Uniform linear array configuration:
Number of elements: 64
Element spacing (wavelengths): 0.5
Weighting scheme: uniform
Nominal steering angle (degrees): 0
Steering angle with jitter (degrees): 1.552
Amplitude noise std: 0.05
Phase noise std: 0.05

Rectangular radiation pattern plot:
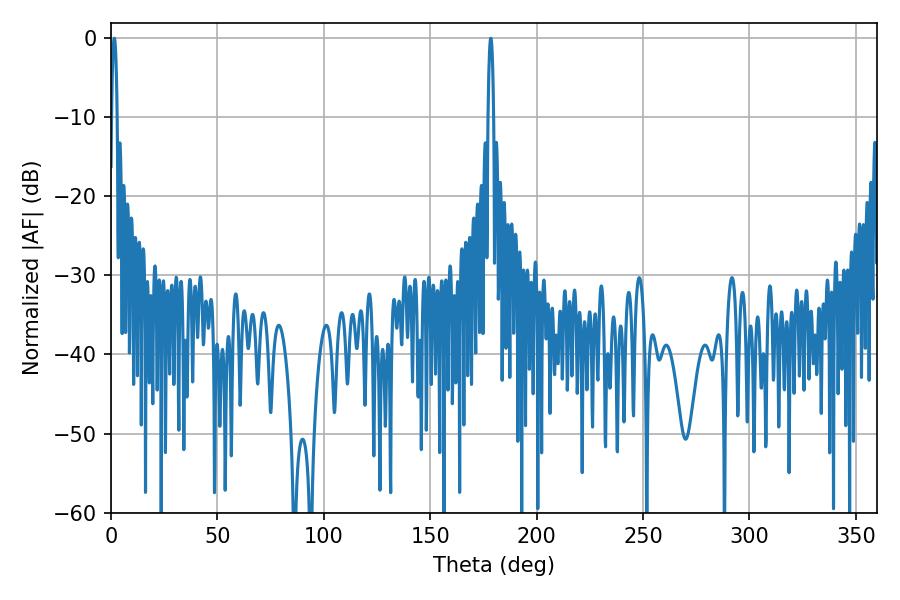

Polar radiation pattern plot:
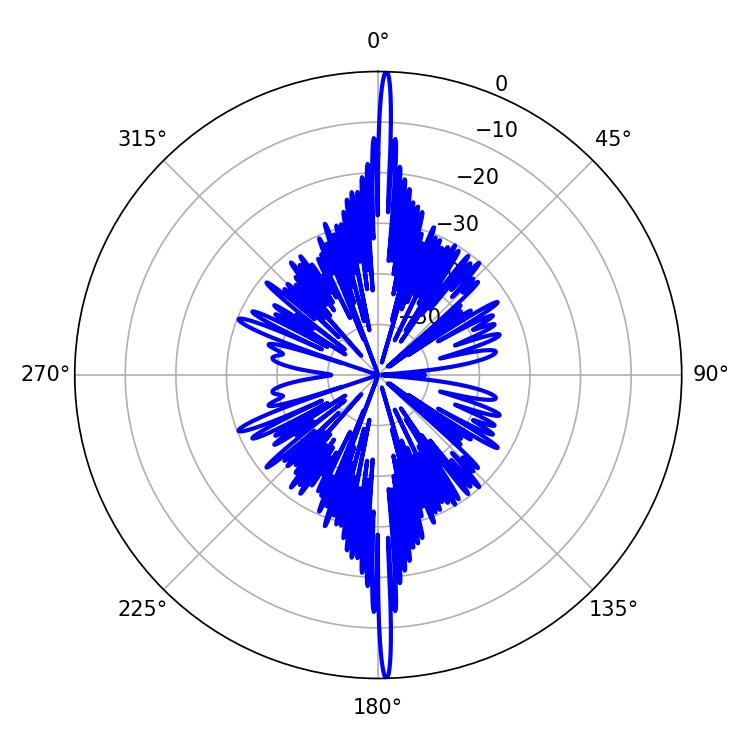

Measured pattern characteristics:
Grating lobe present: FALSE
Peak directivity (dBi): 30.802
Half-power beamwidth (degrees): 1.44
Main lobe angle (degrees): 1.62